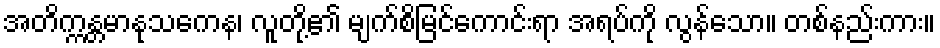
အတိက္ကန္တမာနုသကေန၊ လူတို့၏ မျက်စိမြင်ကောင်းရာ အရပ်ကို လွန်သော။ တစ်နည်းကား။